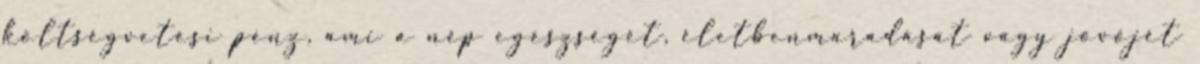
költségvetési pénz, ami a nép egészségét, életbenmaradását vagy jövőjét